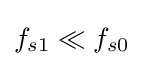
f_{s1}\ll f_{s0}